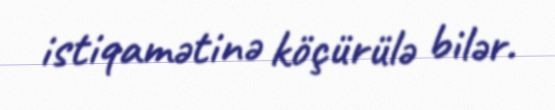
istiqamətinə köçürülə bilər.